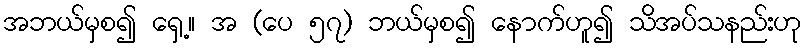
အဘယ်မှစ၍ ရှေ့။ အ (ပေ ၅၇) ဘယ်မှစ၍ နောက်ဟူ၍ သိအပ်သနည်းဟု